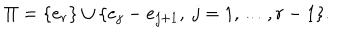
LaTeX: \Pi = \{ e _ { r } \} \cup \{ e _ { j } - e _ { j + 1 } , \ j = 1 , \ldots , r - 1 \} .